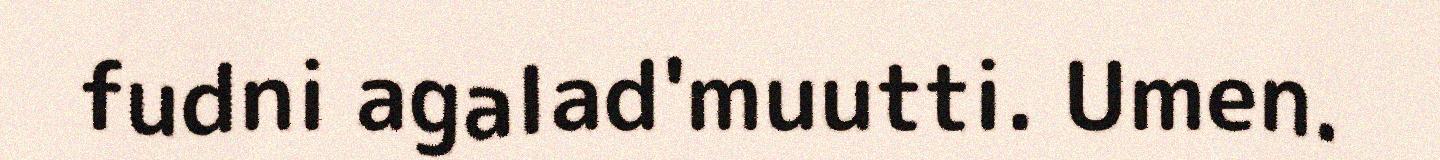
fudni agalad'muutti. Umen.